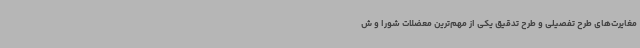
مغایرت‌های طرح تفصیلی و طرح تدقیق یکی از مهم‌ترین معضلات شورا و ش